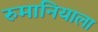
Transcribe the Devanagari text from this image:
रुमानियाला